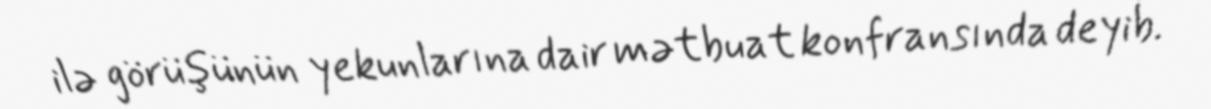
ilə görüşünün yekunlarına dair mətbuat konfransında deyib.